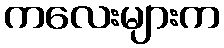
ကလေးများက